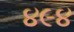
૪૯૪